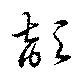
頡